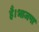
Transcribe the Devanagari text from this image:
हैं।भाजपा